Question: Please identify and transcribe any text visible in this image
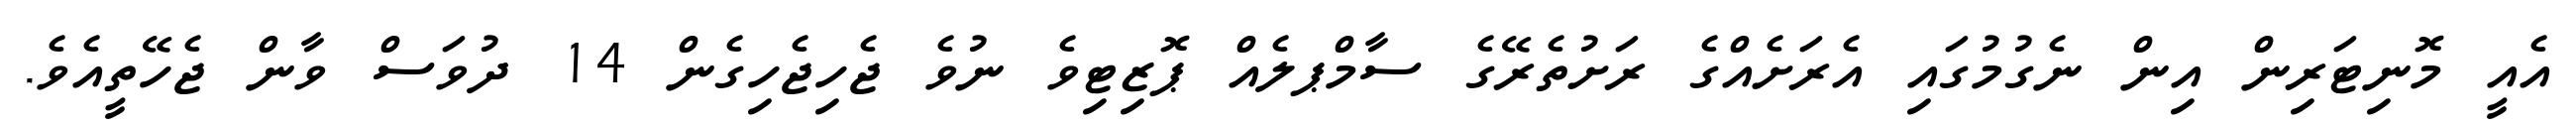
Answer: އެއީ މޮނިޓަރިން އިން ނެގުމުގައި އެރަށެއްގެ ރަށުތެރޭގެ ސާމްޕލެއް ޕޮޒިޓިވެ ނުވެ ޖެހިޖެހިގެން 14 ދުވަސް ވާން ޖެހޭތީއެވެ.